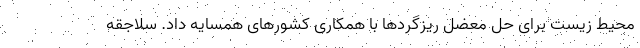
محیط زیست برای حل معضل ریزگردها با همکاری کشورهای همسایه داد. سلاجقه